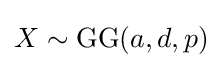
X\sim \mathrm {GG} (a,d,p)